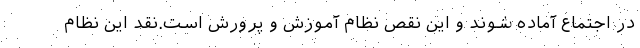
در اجتماع آماده شوند و این نقص نظام آموزش و پرورش است.نقد این نظام